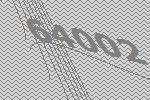
64002